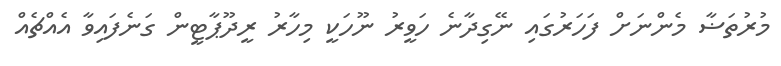
މުރުތަޟާ މެންނަށް ފަހަރުގައި ނޭގިދާނެ ހަވީރު ނޫހަކީ މިހާރު ރީދޫޕާޓީން ގަނެފައިވާ އެއްޗެއް